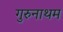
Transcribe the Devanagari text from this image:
गुरुनाथम